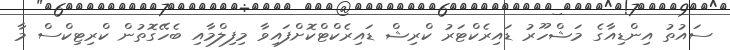
ސައުތު އިންޑިއާގެ މަޝްހޫރު ޑައިރެކްޓަރު ކްރިޝް ޑައިރެކްޓްކޮށްފައިވާ މިފިލްމާއި ބެހޭގޮތުން ކްރިޓިކްސް މާ